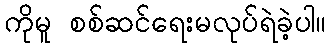
ကိုမူ စစ်ဆင်ရေးမလုပ်ရဲခဲ့ပါ။